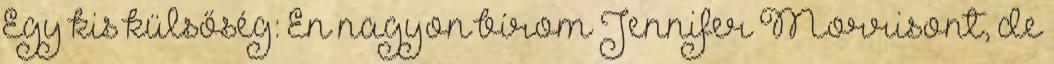
Egy kis külsőség: Én nagyon bírom Jennifer Morrisont, de